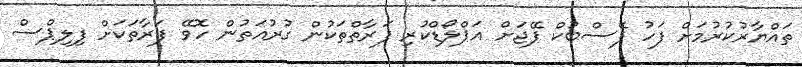
ތައްޔާރުކުރުމަށް ފަހު ފޭސްބުކް ޕޭޖަށް އަޕްލޯޑްކުރި ފަރާތްތަކުން ގުރުއަތުން ހޮވޭ ފަރާތަކަށް ފިލިޕްސް